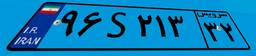
۹۵S۲۱۸۹۸